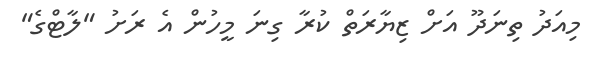
މިއަދު ތިނަދޫ އަށް ޒިޔާރަތް ކުރާ ގިނަ މީހުން އެ ރަށު "ލާޓްގެ"